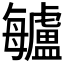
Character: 𣬁